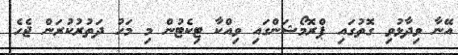
އޭނާ ވިދާޅުވި ގޮތުގައި ޕްރޮމޯޝަންގައި ވިއްކާ ޓިކެޓުން މި މަހު ދަތުރުކުރަން ޖެހެ